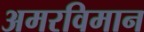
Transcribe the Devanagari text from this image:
अमरविमान